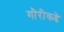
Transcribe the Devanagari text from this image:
गौरीकडे